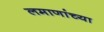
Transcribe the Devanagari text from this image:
लमाणांच्या